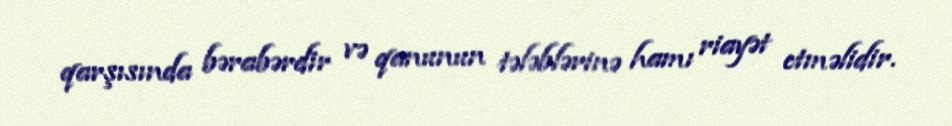
qarşısında bərabərdir və qanunun tələblərinə hamı riayət etməlidir.